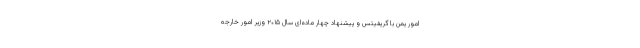
امور یمن با گریفیتس و پیشنهاد چهار ماده‌ای سال ۲۰۱۵ وزیر امور خارجه